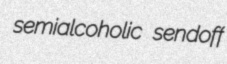
semialcoholic sendoff